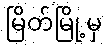
မြိတ်မြို့မှ